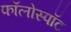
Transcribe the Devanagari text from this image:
फॉलोस्पॉट